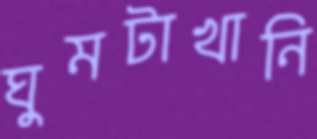
ঘুমটাখানি